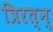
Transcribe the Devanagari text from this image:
त्रिरत्न्